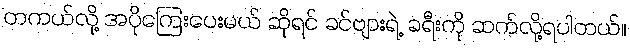
တကယ်လို့ အပိုကြေးပေးမယ် ဆိုရင် ခင်ဗျားရဲ့ ခရီးကို ဆက်လို့ရပါတယ်။